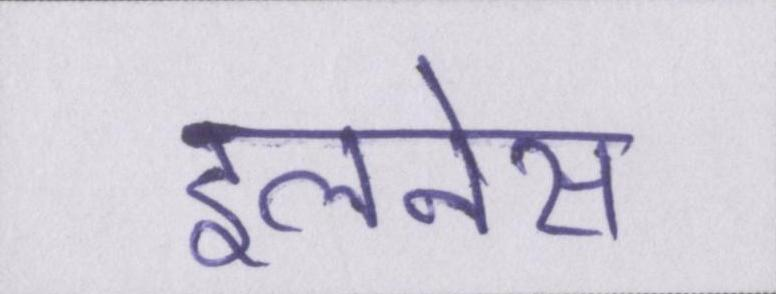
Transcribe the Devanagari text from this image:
इलनेस